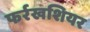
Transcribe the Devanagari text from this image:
फर्रखशियर